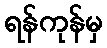
ရန်ကုန်မှ